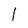
Character: I